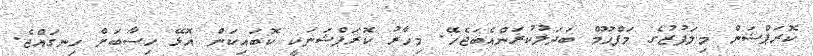
ކޮރަޕްޝަން މިލަފުޒުގެ މަފްޙޫމް ބަދަލުކުރަންއެބަޖެހޭ. މިހާރު ކޮރަޕްޝަނަކީ ކޮބައިކަން އޮޅޭ ހިސާބަށް ހިނގައްޖެ.